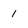
Character: 1